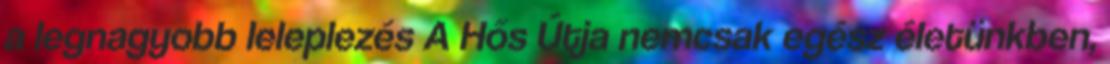
a legnagyobb leleplezés A Hős Útja nemcsak egész életünkben,